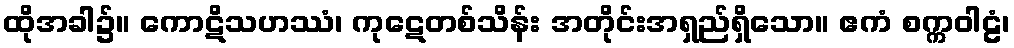
ထိုအခါ၌။ ကောဋိသဟဿံ၊ ကုဋေတစ်သိန်း အတိုင်းအရှည်ရှိသော။ ဧကံ စက္ကဝါဠံ၊